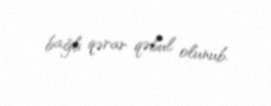
bağlı qərar qəbul olunub.